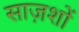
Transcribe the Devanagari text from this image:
साज़शों